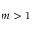
m > 1